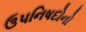
ઉપનિષદોનો